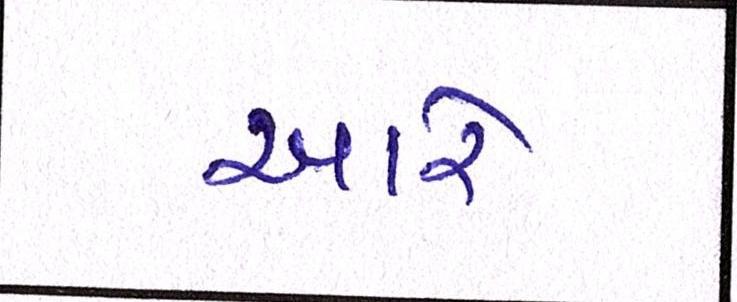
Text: આરે